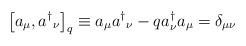
LaTeX: \begin{align*}{}\left[ a_\mu, a{^\dagger}{_\nu} \right]_q \equiv a_\mu a{^\dagger}_\nu -q a^{\dagger}_{\nu}a_{\mu}= \delta_{\mu \nu}\end{align*}